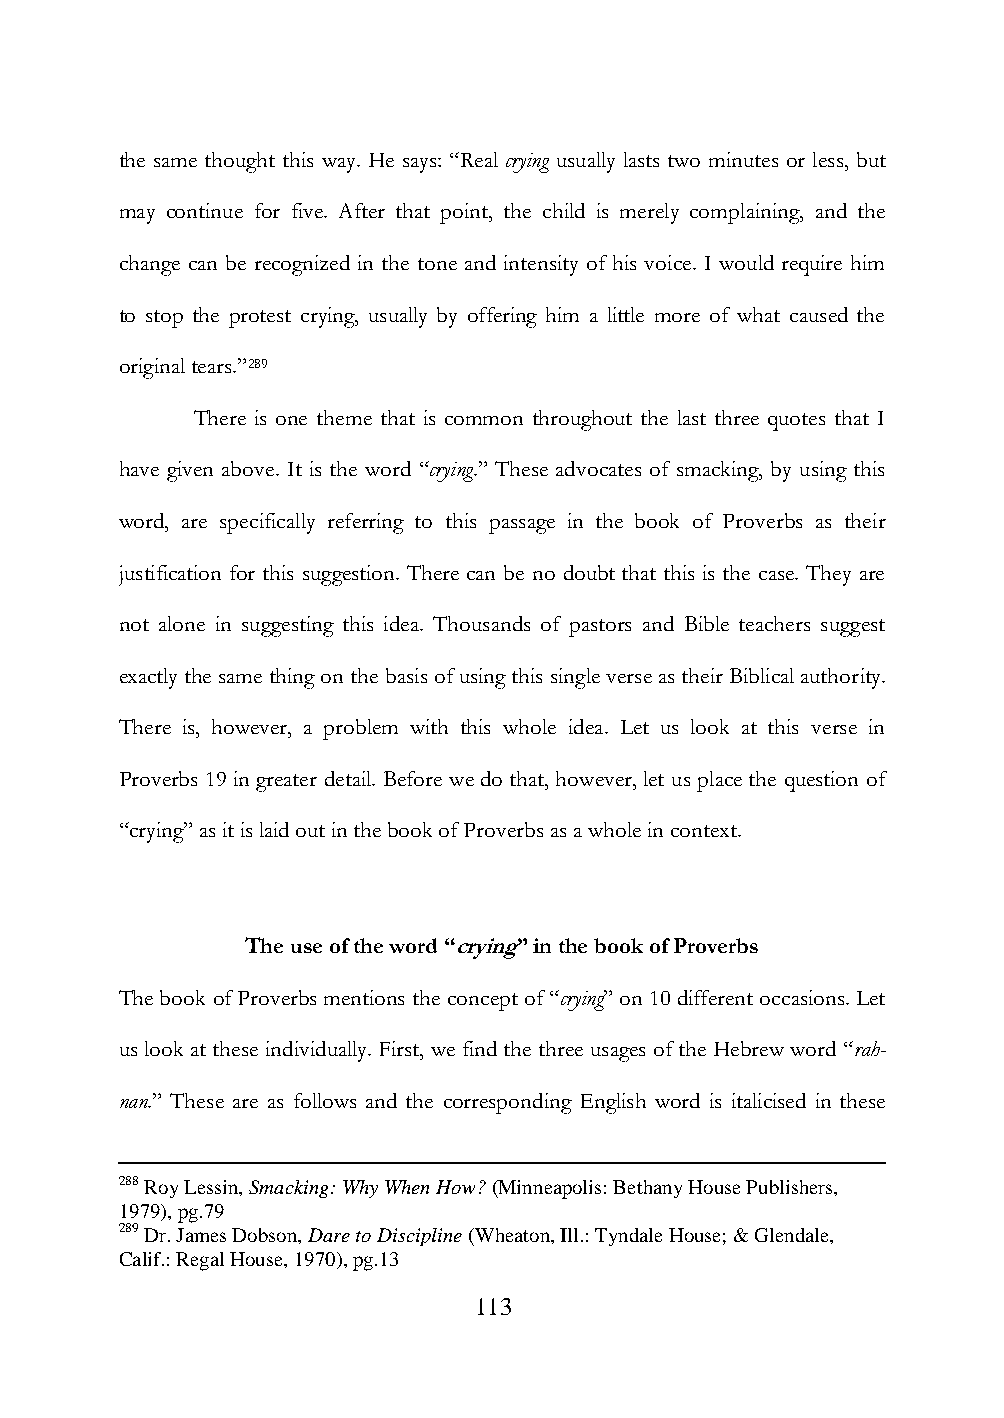
the same thought this way. He says: “Real crying usually lasts two minutes or less, but
 may continue for five. After that point, the child is merely complaining, and the
 change can be recognized in the tone and intensity of his voice. I would require him
 to stop the protest crying, usually by offering him a little more of what caused the
 original tears.”289
 There is one theme that is common throughout the last three quotes that I
 have given above. It is the word “crying.” These advocates of smacking, by using this
 word, are specifically referring to this passage in the book of Proverbs as their
 justification for this suggestion. There can be no doubt that this is the case. They are
 not alone in suggesting this idea. Thousands of pastors and Bible teachers suggest
 exactly the same thing on the basis of using this single verse as their Biblical authority.
 There is, however, a problem with this whole idea. Let us look at this verse in
 Proverbs 19 in greater detail. Before we do that, however, let us place the question of
 “crying” as it is laid out in the book of Proverbs as a whole in context.
 The use of the word “crying” in the book of Proverbs
 The book of Proverbs mentions the concept of “crying” on 10 different occasions. Let
 us look at these individually. First, we find the three usages of the Hebrew word “rah-
 nan.” These are as follows and the corresponding English word is italicised in these
 288 Roy Lessin, Smacking: Why When How? (Minneapolis: Bethany House Publishers,
 1979), pg.79
 289 Dr. James Dobson, Dare to Discipline (Wheaton, Ill.: Tyndale House; & Glendale,
 Calif.: Regal House, 1970), pg.13
 113